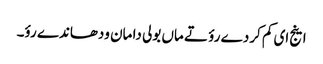
اینج ای کم کردے رؤ تے ماں بولی دا مان ودھاندے رؤ۔